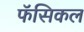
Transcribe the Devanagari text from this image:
फॅसिकल